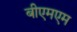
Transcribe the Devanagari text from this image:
बीएमएम